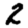
Digit: 2